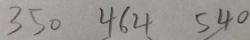
3 5 0 4 6 4 5 4 0